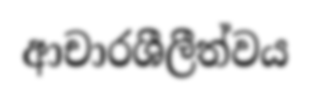
ආචාරශීලීත්වය